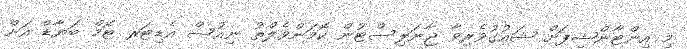
މި އިންޓާންޝިޕަށް ޝައުގުވެރިވާ ޖާނަލިސްޓުން ކޮމަންވެލްތު ނިއުސް އެޑިޓަރ ޓޮމް ބަޔާޑް އަށް